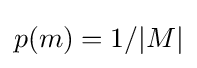
p(m)=1/|M|